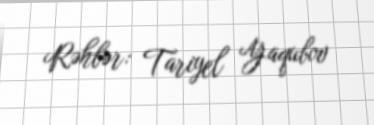
Rəhbər: Tariyel Yaqubov